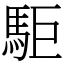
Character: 駏